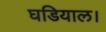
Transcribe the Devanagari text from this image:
घडियाल।